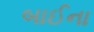
બાઈના